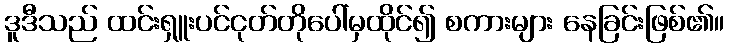
ဒူဒီသည် ထင်းရှူးပင်ငုတ်တိုပေါ်မှထိုင်၍ စကားများ နေခြင်းဖြစ်၏။